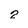
Character: 2